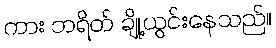
ကား ဘရိတ် ချို့ယွင်းနေသည်။